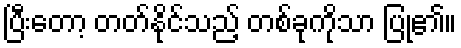
ပြီးတော့ တတ်နိုင်သည့် တစ်ခုကိုသာ ပြု၏။